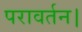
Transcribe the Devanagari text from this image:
परावर्तन।